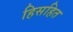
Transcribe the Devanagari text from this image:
हिसहित